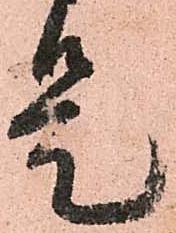
是